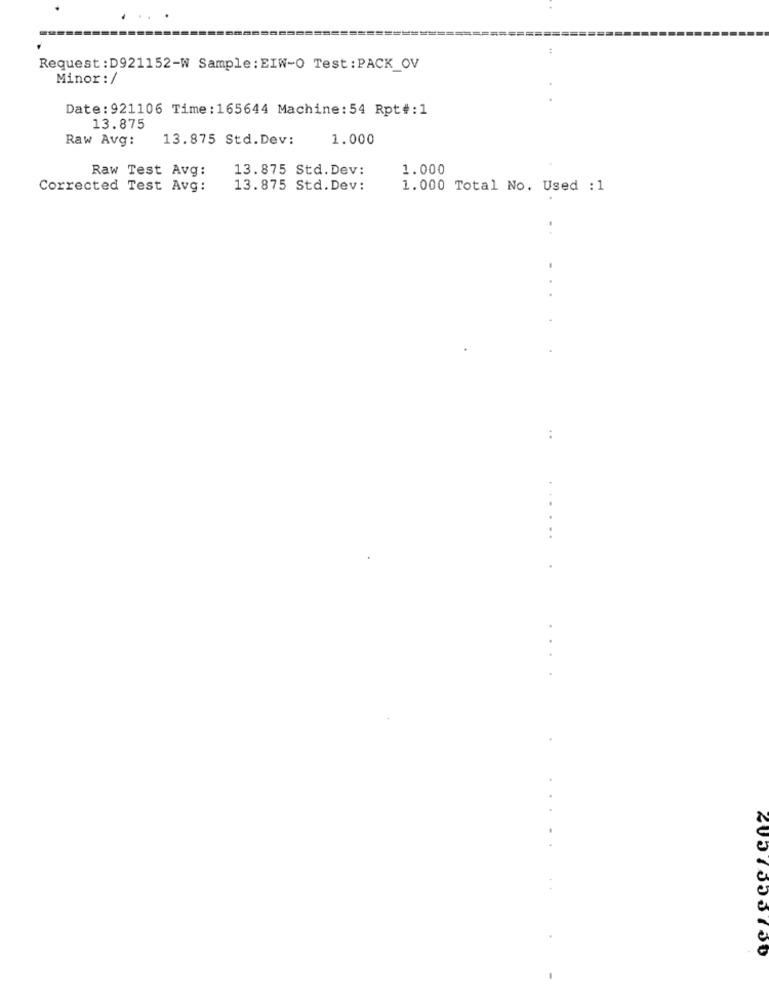
44
Request : D921152-W Sample: EIW-O Test: PACK_OV
Minor : /
Date:921106 Time:165644 Machine: 54 Rpt#:1
13.875
Raw Avg:
13.875 Std.Dev:
1.000
Raw Test Avg:
13.875 Std.Dev:
1.000
Corrected Test Avg:
13.875 Std.Dev:
1.000 Total No. Used : 1
......
..